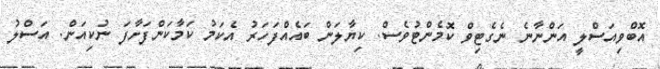
އޮބްވިއަސްލީ އަންނާނެ ނެގެޓިވް ކޮމެންޓުވެސް. ކިޔާލަން ބައެއްފަހަރު އެކަމު ކަމާކަންފަށާފަ ނުކިއަން. އަސްލު